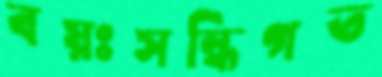
বয়ঃসন্ধিগত